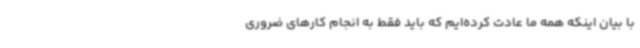
با بیان اینکه همه ما عادت کرده‌ایم که باید فقط به انجام کارهای ضروری